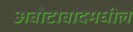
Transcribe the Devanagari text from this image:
अबोटाबादमधील